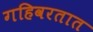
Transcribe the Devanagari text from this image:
गहिवरतात